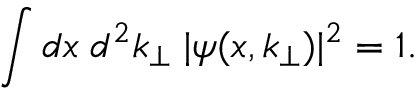
\int d x \; d ^ { 2 } k _ { \perp } \; | \psi ( x , k _ { \perp } ) | ^ { 2 } = 1 .